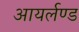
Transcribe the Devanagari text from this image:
आयर्लण्ड